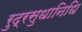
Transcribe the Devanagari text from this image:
रुद्रसुधानिधि